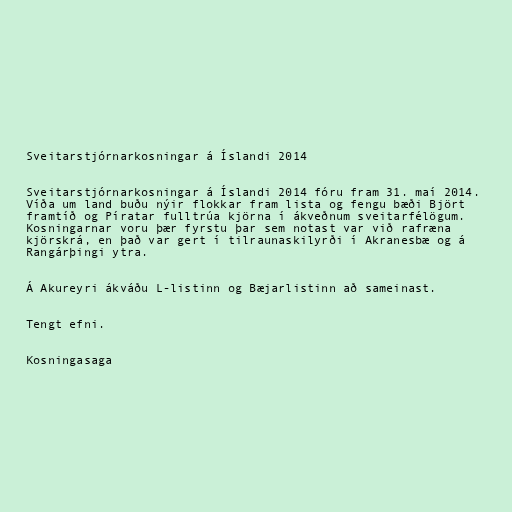
Sveitarstjórnarkosningar á Íslandi 2014

Sveitarstjórnarkosningar á Íslandi 2014 fóru fram 31. maí 2014.
Víða um land buðu nýir flokkar fram lista og fengu bæði Björt
framtíð og Píratar fulltrúa kjörna í ákveðnum sveitarfélögum.
Kosningarnar voru þær fyrstu þar sem notast var við rafræna
kjörskrá, en það var gert í tilraunaskilyrði í Akranesbæ og á
Rangárþingi ytra.

Á Akureyri ákváðu L-listinn og Bæjarlistinn að sameinast.

Tengt efni.

Kosningasaga